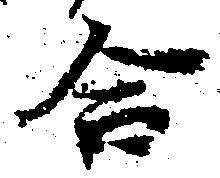
合